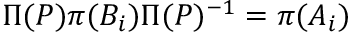
\Pi ( P ) \pi ( B _ { i } ) \Pi ( P ) ^ { - 1 } = \pi ( A _ { i } )